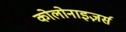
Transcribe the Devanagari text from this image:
कोलोनाइज़र्स